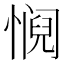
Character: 𫻁